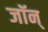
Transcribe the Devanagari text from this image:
जॉन्